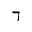
\daleth